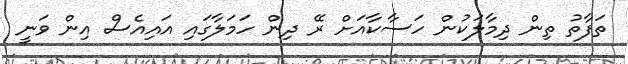
ތަފާތު ތިން ދިމާލަކުން ހަސާކާއަށް ރޭ ދިން ހަމަލާގައި އައިއެސް އިން ވަނީ